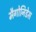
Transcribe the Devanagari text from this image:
मैगोनिडेस